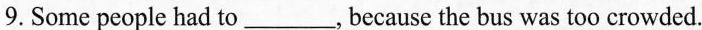
9.Some people had to___, because the bus was too crowded.